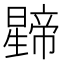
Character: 𭨅